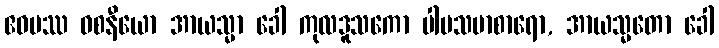
ဧဝမဿ ဝစနီယော အာယသ္မာ ခေါ ကုလဒူသကော ပါပသမာစာရော, အာယသ္မတော ခေါ